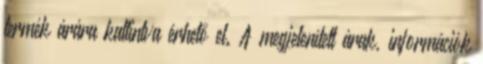
termék árára kattintva érhető el. A megjelenített árak, információk